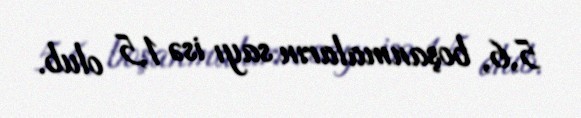
5,6, boşanmaların sayı isə 1,5 olub.